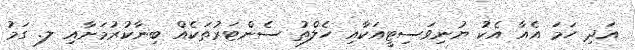
އަދި ހަމަ އެއާ އެކު ޔުނިވަސިޓީއަކާއި ހެލްތު ސެންޓަރުތަކެއް ބިނާކުރުމަށާއި ލ. ގަމު